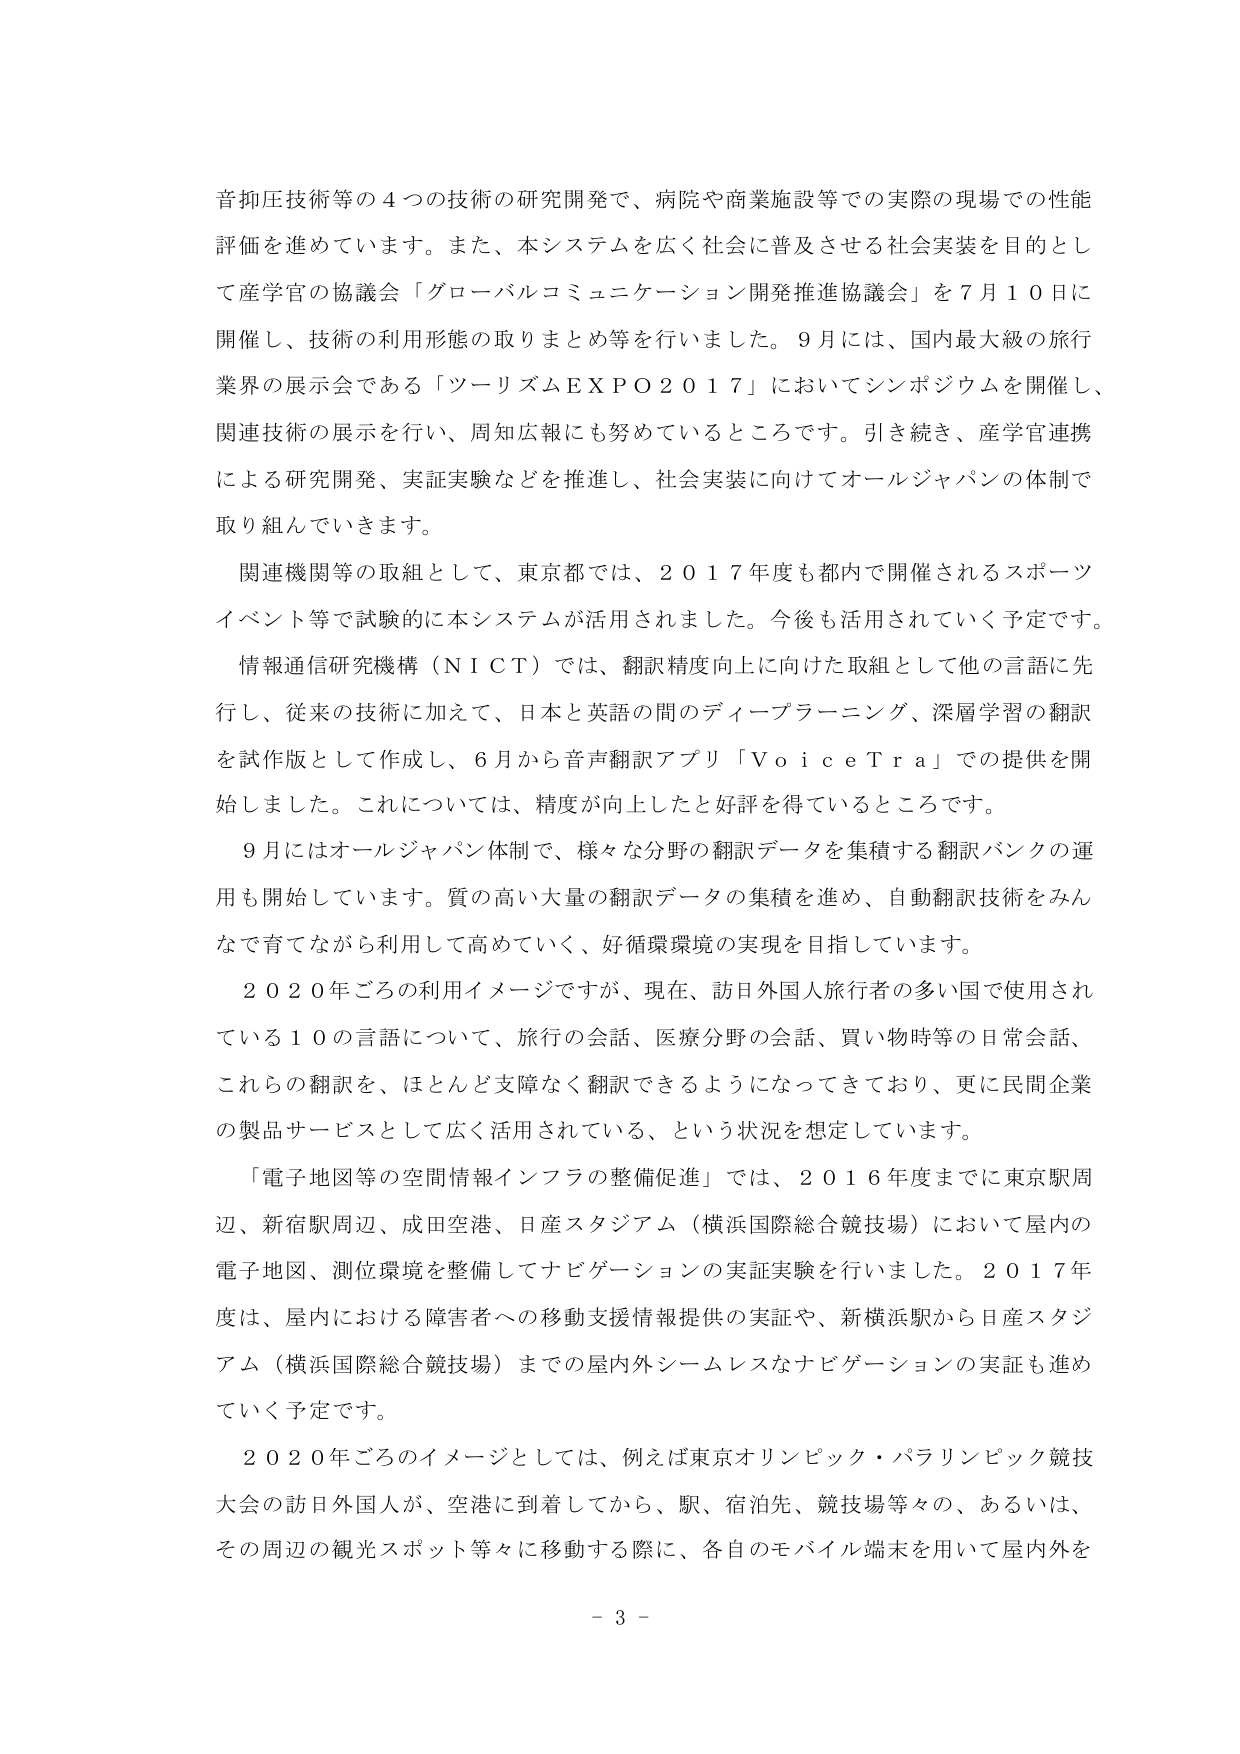
音抑圧技術等の４つの技術の研究開発で、病院や商業施設等での実際の現場での性能評価を進めています。また、本システムを広く社会に普及させる社会実装を目的として産学官の協議会「グローバルコミュニケーション開発推進協議会」を７月１０日に開催し、技術の利用形態の取りまとめ等を行いました。９月には、国内最大級の旅行業界の展示会である「ツーリズムＥＸＰＯ２０１７」においてシンポジウムを開催し、関連技術の展示を行い、周知広報にも努めているところです。引き続き、産学官連携による研究開発、実証実験などを推進し、社会実装に向けてオールジャパンの体制で取り組んでいきます。

関連機関等の取組として、東京都では、２０１７年度も都内で開催されるスポーツイベント等で試験的に本システムが活用されました。今後も活用されていく予定です。

情報通信研究機構（ＮＩＣＴ）では、翻訳精度向上に向けた取組として他の言語に先行し、従来の技術に加えて、日本と英語の間のディープラーニング、深層学習の翻訳を試作版として作成し、６月から音声翻訳アプリ「ＶｏｉｃｅＴｒａ」での提供を開始しました。これについては、精度が向上したと好評を得ているところです。

９月にはオールジャパン体制で、様々な分野の翻訳データを集積する翻訳バンクの運用も開始しています。質の高い大量の翻訳データの集積を進め、自動翻訳技術をみんなで育てながら利用して高めていく、好循環環境の実現を目指しています。

２０２０年ごろの利用イメージですが、現在、訪日外国人旅行者の多い国で使用されている１０の言語について、旅行の会話、医療分野の会話、買い物時等の日常会話、これらの翻訳を、ほとんど支障なく翻訳できるようになってきており、更に民間企業の製品サービスとして広く活用されている、という状況を想定しています。

「電子地図等の空間情報インフラの整備促進」では、２０１６年度までに東京駅周辺、新宿駅周辺、成田空港、日産スタジアム（横浜国際総合競技場）において屋内の電子地図、測位環境を整備してナビゲーションの実証実験を行いました。２０１７年度は、屋内における障害者への移動支援情報提供の実証や、新横浜駅から日産スタジアム（横浜国際総合競技場）までの屋内外シームレスなナビゲーションの実証も進めていく予定です。

２０２０年ごろのイメージとしては、例えば東京オリンピック・パラリンピック競技大会の訪日外国人が、空港に到着してから、駅、宿泊先、競技場等々の、あるいは、その周辺の観光スポット等々に移動する際に、各自のモバイル端末を用いて屋内外を

－ 3 －